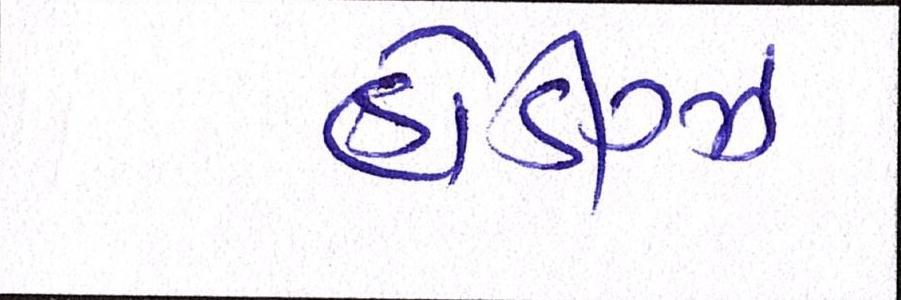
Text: હોડીગ્ઝ